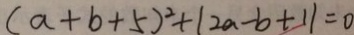
( a + b + 5 ) ^ { 2 } + \vert 2 a - b + 1 \vert = 0